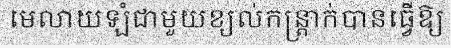
មេលាយឡំជាមួយខ្យល់កន្ត្រាក់បានធ្វើឱ្យ